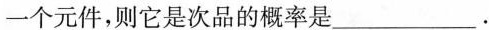
一个元件，则它是次品的概率是___。